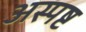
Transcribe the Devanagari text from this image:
अस्पष्ट